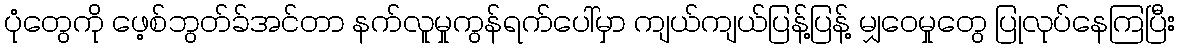
ပုံတွေကို ဖေ့စ်ဘွတ်ခ်အင်တာ နက်လူမှုကွန်ရက်ပေါ်မှာ ကျယ်ကျယ်ပြန့်ပြန့် မျှဝေမှုတွေ ပြုလုပ်နေကြပြီး